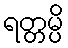
ရတ္တမ္ပိ